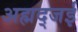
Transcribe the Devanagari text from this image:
अह्मद्जई